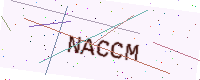
Text: NACCM